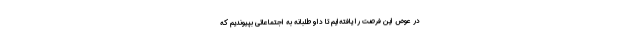
در عوض این فرصت را یافته‌ایم تا داوطلبانه به اجتماعاتی بپیوندیم که